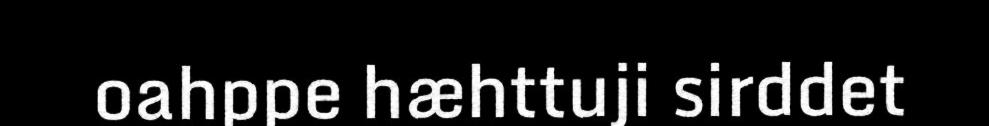
oahppe hæhttuji sirddet